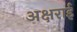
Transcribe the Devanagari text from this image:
अक्षराई